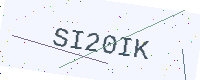
Text: SI20IK